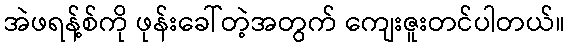
အဲဖရန့်စ်ကို ဖုန်းခေါ်တဲ့အတွက် ကျေးဇူးတင်ပါတယ်။